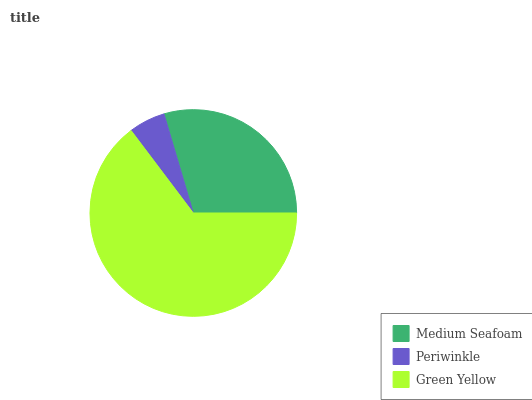
| Medium Seafoam | Periwinkle | Green Yellow |
 | --- | --- | --- |
 | 29.6% | 5.71% | 64.7% |